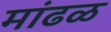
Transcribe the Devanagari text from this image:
मांढळ